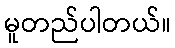
မူတည်ပါတယ်။